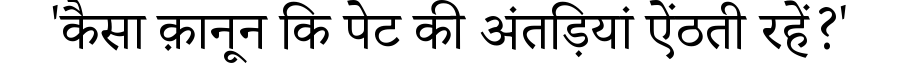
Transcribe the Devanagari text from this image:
'कैसा क़ानून कि पेट की अंतड़ियां ऐंठती रहें?'